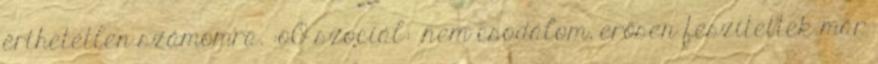
érthetetlen számomra. :oO szociál: .nem csodálom, erősen feszítettek már